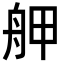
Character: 舺